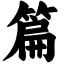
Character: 篇